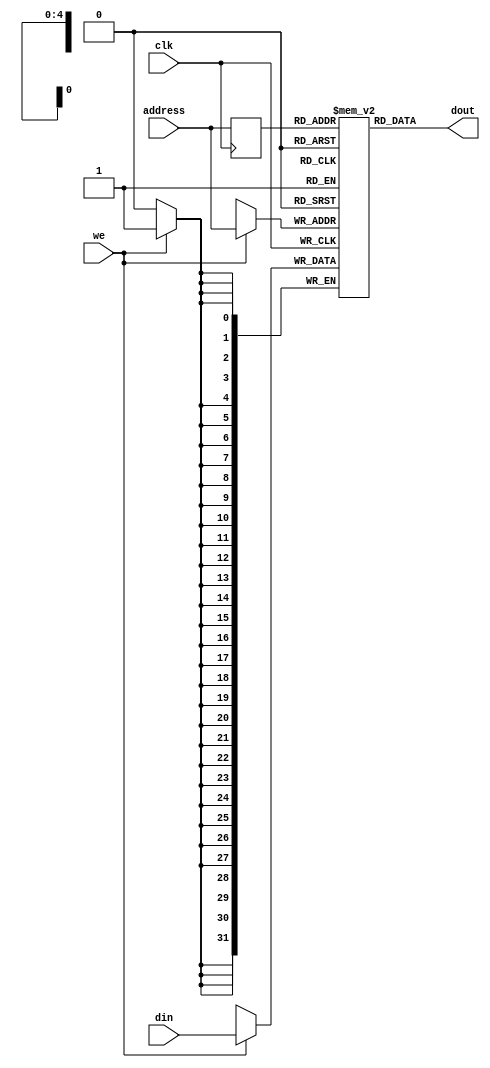
module Data_Mem(clk, we, address, din, dout);

    input clk;
    input we;
    input [4:0] address;
    input [31:0] din;
    output [31:0] dout;

    reg [31:0] RAM[0:31];
    reg [4:0] read_addr;

always @(posedge clk) begin
    if (we == 1'b1)
    begin
        RAM[address] <= din;
    end
    read_addr <= address;
end

    assign dout = RAM[read_addr];

endmodule